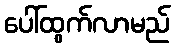
ပေါ်ထွက်လာမည်